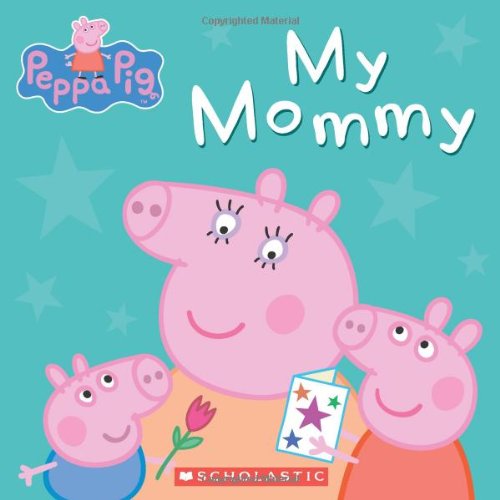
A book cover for Peppa Pig: My Mommy; Scholastic; Children's Books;